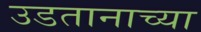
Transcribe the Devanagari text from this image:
उडतानाच्या